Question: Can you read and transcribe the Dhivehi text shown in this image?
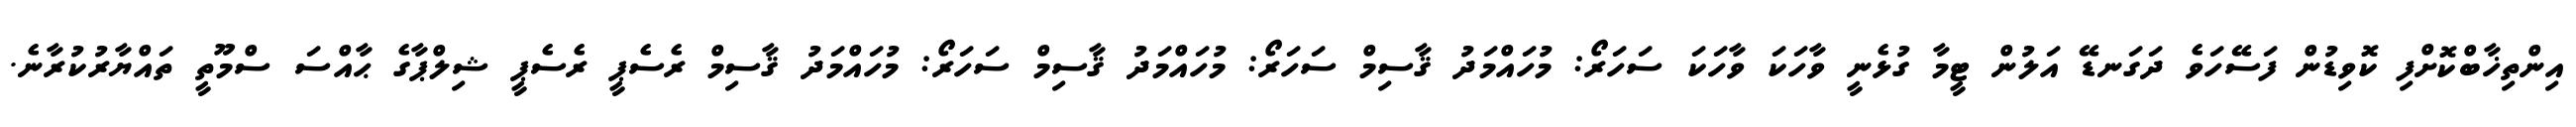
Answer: އިންތިޚާބްކޮށްފި ކޮވިޑުން ފަސޭހަވެ ދަގަނޑޭ އަލުން ޓީމާ ގުޅެނީ ވާހަކަ ވާހަކަ ސަހަރޯ: މުހައްމަދު ޤާސިމް ސަހަރޯ: މުހައްމަދު ޤާސިމް ސަހަރޯ: މުހައްމަދު ޤާސިމް ރެސެޕީ ރެސެޕީ ޝިލްޕާގެ ޙާއްސަ ސްމޫތީ ތައްޔާރުކުރާނެ.